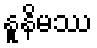
နူနိမဿ